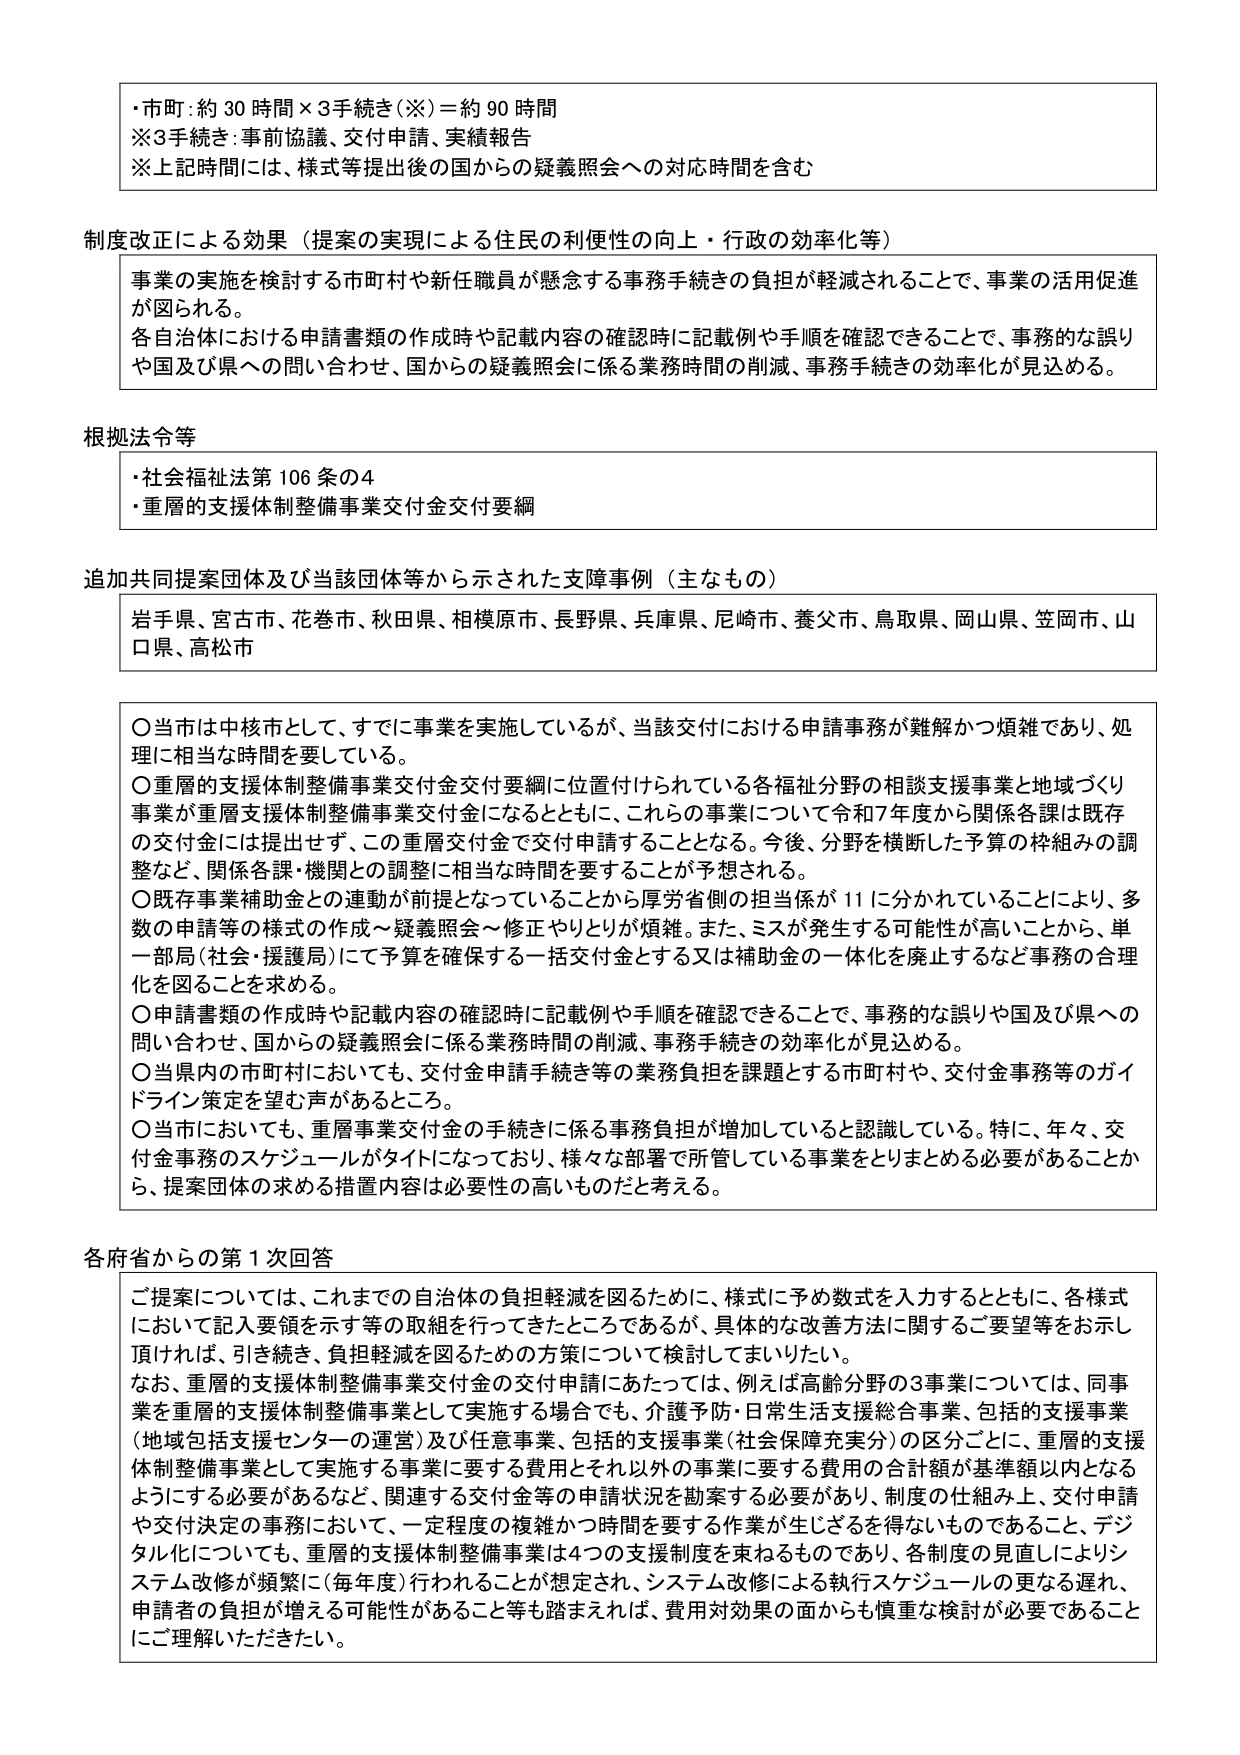
・市町：約30時間×3手続き（※）＝約90時間
※3手続き：事前協議、交付申請、実績報告
※上記時間には、様式等提出後の国からの疑義照会への対応時間を含む

制度改正による効果（提案の実現による住民の利便性の向上・行政の効率化等）
事業の実施を検討する市町村や新任職員が懸念する事務手続きの負担が軽減されることで、事業の活用促進が図られる。
各自治体における申請書類の作成時や記載内容の確認時に記載例や手順を確認できることで、事務的な誤りや国及び県への問い合わせ、国からの疑義照会に係る業務時間の削減、事務手続きの効率化が見込める。

根拠法令等
・社会福祉法第106条の4
・重層的支援体制整備事業交付金交付要綱

追加共同提案団体及び当該団体等から示された支障事例（主なもの）
岩手県、宮古市、花巻市、秋田県、相模原市、長野県、兵庫県、尼崎市、養父市、鳥取県、岡山県、笠岡市、山口県、高松市

〇当市は中核市として、すでに事業を実施しているが、当該交付における申請事務が難解かつ煩雑であり、処理に相当な時間を要している。
〇重層的支援体制整備事業交付金交付要綱に位置付けられている各福祉分野の相談支援事業と地域づくり事業が重層支援体制整備事業交付金になるとともに、これらの事業について令和7年度から関係各課は既存の交付金には提出せず、この重層交付金で交付申請することとなる。今後、分野を横断した予算の枠組みの調整など、関係各課・機関との調整に相当な時間を要することが予想される。
〇既存事業補助金との連動が前提となっていることから厚労省側の担当係が11に分かれていることにより、多数の申請等の様式の作成～疑義照会～修正やりとりが煩雑。また、ミスが発生する可能性が高いことから、単一部局（社会・援護局）にて予算を確保する一括交付金とする又は補助金の一体化を廃止するなど事務の合理化を図ることを求める。
〇申請書類の作成時や記載内容の確認時に記載例や手順を確認できることで、事務的な誤りや国及び県への問い合わせ、国からの疑義照会に係る業務時間の削減、事務手続きの効率化が見込める。
〇当県内の市町村においても、交付金申請手続き等の業務負担を課題とする市町村や、交付金事務等のガイドライン策定を望む声があるところ。
〇当市においても、重層事業交付金の手続きに係る事務負担が増加していると認識している。特に、年々、交付金事務のスケジュールがタイトになっており、様々な部署で所管している事業をとりまとめる必要があることから、提案団体の求める措置内容は必要性の高いものだと考える。

各府省からの第1次回答
ご提案については、これまでの自治体の負担軽減を図るために、様式に予め数式を入力するとともに、各様式において記入要領を示す等の取組を行ってきたところであるが、具体的な改善方法に関するご要望等をお示し頂ければ、引き続き、負担軽減を図るための方策について検討してまいりたい。
なお、重層的支援体制整備事業交付金の交付申請にあたっては、例えば高齢分野の3事業については、同事業を重層的支援体制整備事業として実施する場合でも、介護予防・日常生活支援総合事業、包括的支援事業（地域包括支援センターの運営）及び任意事業、包括的支援事業（社会保障充実分）の区分ごとに、重層的支援体制整備事業として実施する事業に要する費用とそれ以外の事業に要する費用の合計額が基準額以内となるようにする必要があるなど、関連する交付金等の申請状況を勘案する必要があり、制度の仕組み上、交付申請や交付決定の事務において、一定程度の複雑かつ時間を要する作業が生じざるを得ないものであること、デジタル化についても、重層的支援体制整備事業は4つの支援制度を束ねるものであり、各制度の見直しによりシステム改修が頻繁に（毎年度）行われることが想定され、システム改修による執行スケジュールの更なる遅れ、申請者の負担が増える可能性があること等も踏まえれば、費用対効果の面からも慎重な検討が必要であることにご理解いただきたい。